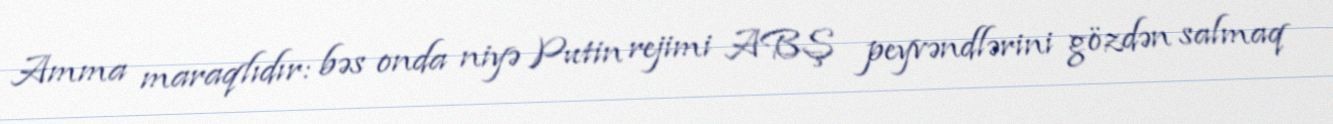
Amma maraqlıdır: bəs onda niyə Putin rejimi ABŞ peyvəndlərini gözdən salmaq